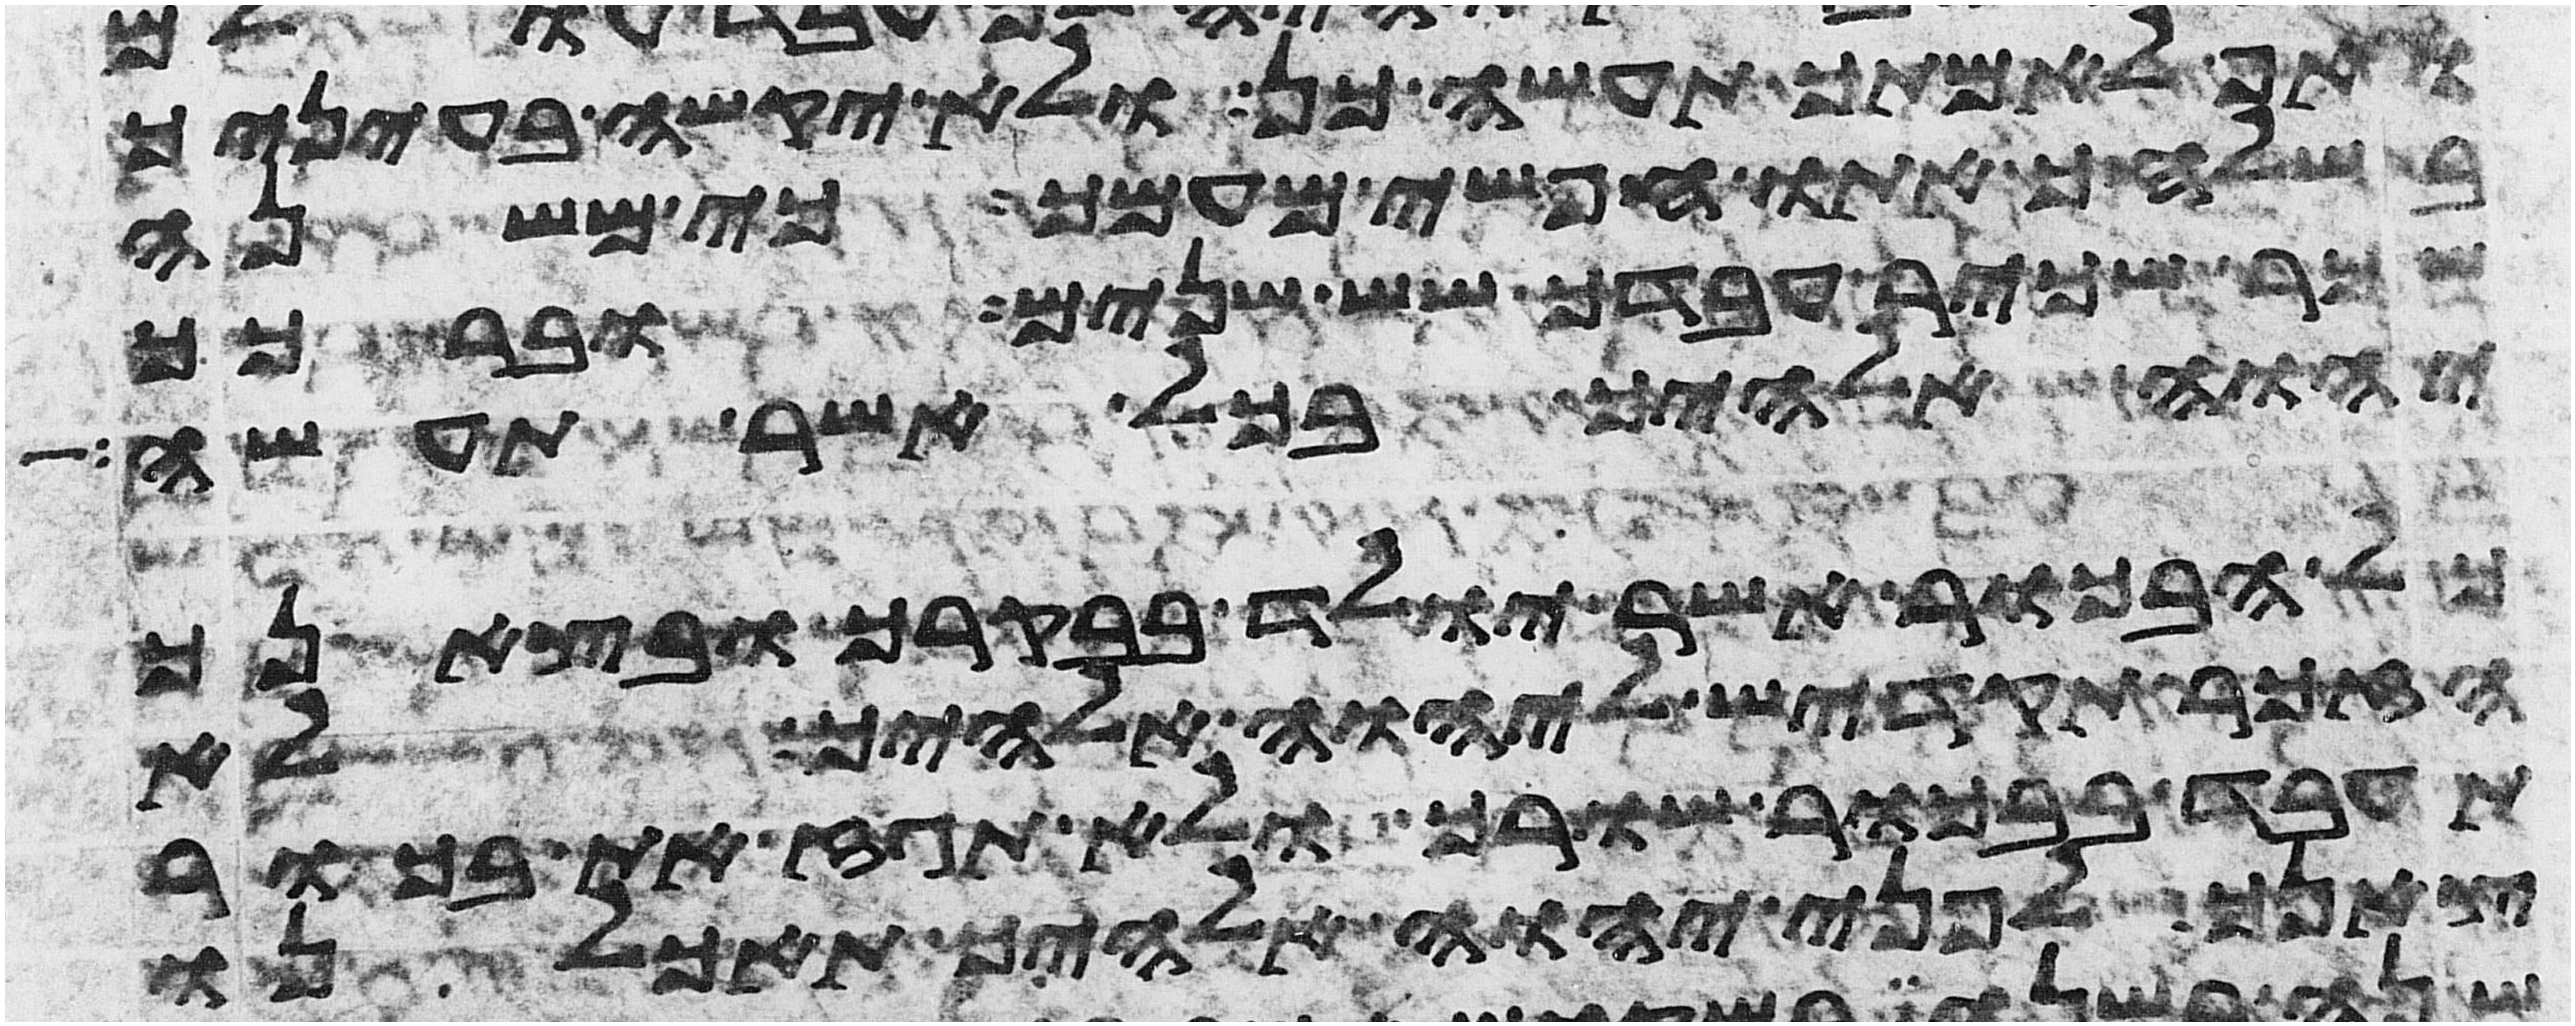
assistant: ואף לאמתך תעשה כן ולא יקשה בעיניך
בשלחך אתו חפשי מעמך כי משנה
שכר שכיר עבדך שש שנים וברכך
יהוה אלהיך בכל אשר תעשה
כל הבכור אשר יולד בבקרך ובצאנך
הזכר תקדיש ליהוה אלהיך לא
תעבד בבכור שורך ולא תגז את בכור
צאנך לפני יהוה אלהיך תאכלנו